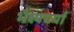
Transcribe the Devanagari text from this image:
भैक्ष्यचर्या